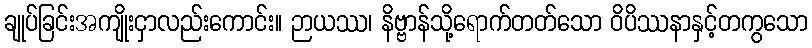
ချုပ်ခြင်းအကျိုးငှာလည်းကောင်း။ ဉာယဿ၊ နိဗ္ဗာန်သို့ရောက်တတ်သော ဝိပိဿနာနှင့်တကွသော